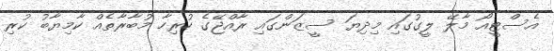
އެސްޓީއޯ މާލޭ ލީގުގައި މިދިޔަ ސީޒަންގައި ރާއްޖޭގެ ހުރިހާ މުބާރާތެއް ކާމިޔާބު ކުރި